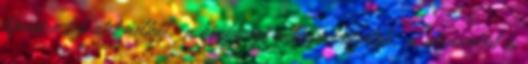
típusára tekintet nélkül; a kisebbségi önkormányzatok; a köznevelési és